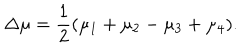
\Delta \mu = \frac { 1 } { 2 } ( \mu _ { 1 } + \mu _ { 2 } - \mu _ { 3 } + \mu _ { 4 } ) .